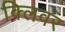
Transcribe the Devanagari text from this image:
क्लिवर